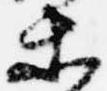
等